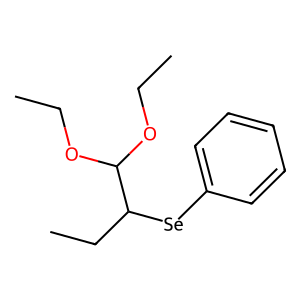
SMILES: CCOC(OCC)C(CC)[Se]c1ccccc1
Inhibits HIV replication: No